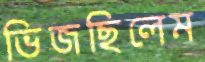
ভিজছিলেম